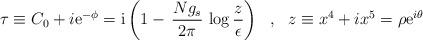
LaTeX: \begin{align*}\tau \equiv C_0 + i {\rm e}^{- \phi} ={\rm i}\left(1 -\, \frac{Ng_s}{2\pi}\, \log\frac{z}{\epsilon}\right)~~,~~ z \equiv x^4 + i x^5 = \rho {\rm e}^{i\theta}\end{align*}